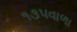
૧૩૫વાળા